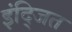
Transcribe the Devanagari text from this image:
इंद्जित